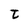
Character: t